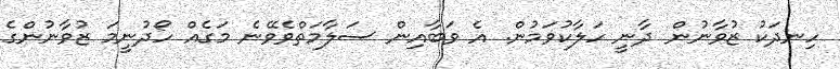
ހިނދަކު ޒުވާނުން ދާނީ ހަލާކުވަމުން. އެ ވަބާއިން ސަލާމަތްވެވޭނެ މަގެއް ހޯދުނީމަ ޒުވާނުންގެ